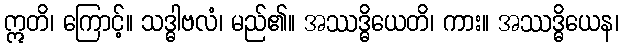
ဣတိ၊ ကြောင့်။ သဒ္ဓါဗလံ၊ မည်၏။ အဿဒ္ဓိယေတိ၊ ကား။ အဿဒ္ဓိယေန၊